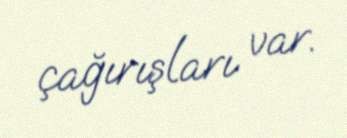
çağırışları var.